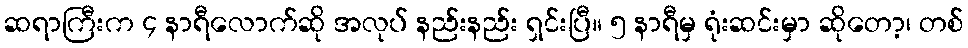
ဆရာကြီးက ၄ နာရီလောက်ဆို အလုပ် နည်းနည်း ရှင်းပြီ။ ၅ နာရီမှ ရုံးဆင်းမှာ ဆိုတော့၊ တစ်